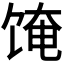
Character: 𬲼